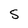
Character: s